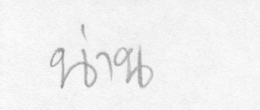
น่าน